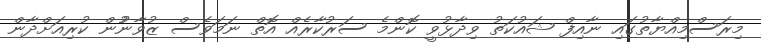
މިރަސްމިއްޔާތުގައި ނާއިފް ޝައުކަތު ވިދާޅުވީ ކޮންމެ ސަރުކާރެއް އޮތް ނަމަވެސް ޒުވާނުުން ކުރިއަށްދާން